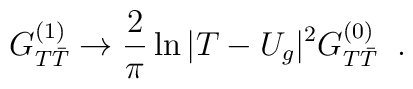
G_{T{\bar T}}^{(1)} \rightarrow \frac{2}{\pi} \ln|T -U_g|^2 G_{T {\bar T}}^{(0)}\;\;.